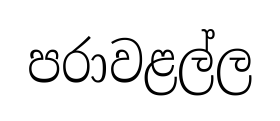
පරාවළල්ල